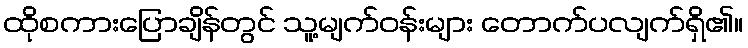
ထိုစကားပြောချိန်တွင် သူ့မျက်ဝန်းများ တောက်ပလျက်ရှိ၏။